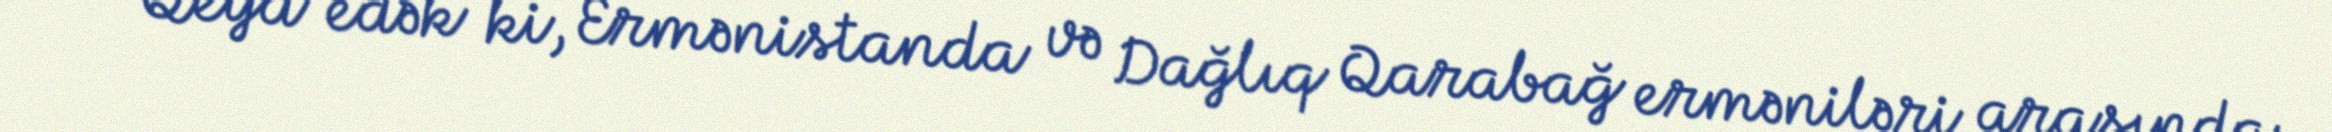
*** Qeyd edək ki, Ermənistanda və Dağlıq Qarabağ erməniləri arasında